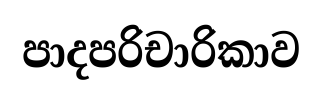
පාදපරිචාරිකාව